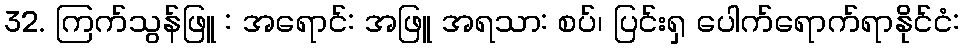
32. ကြက်သွန်ဖြူ : အရောင်: အဖြူ အရသာ: စပ်၊ ပြင်းရှ ပေါက်ရောက်ရာနိုင်ငံ: